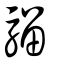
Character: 騮